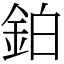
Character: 鉑